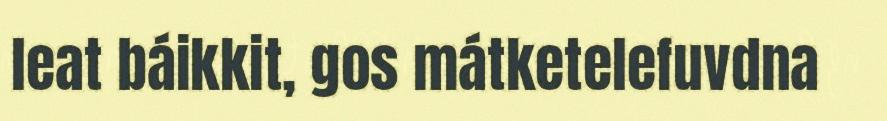
leat báikkit, gos mátketelefuvdna